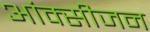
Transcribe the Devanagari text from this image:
आंक्सीजन